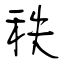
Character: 秩